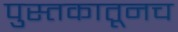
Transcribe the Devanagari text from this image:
पुस्तकातूनच